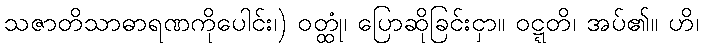
သဇာတိသာဓာရဏကိုပေါင်း၊) ဝတ္ထုံ၊ ပြောဆိုခြင်းငှာ။ ဝဋ္ဋတိ၊ အပ်၏။ ဟိ၊